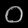
Digit: ၀